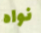
نواه